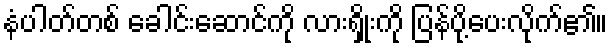
နံပါတ်တစ် ခေါင်းဆောင်ကို လားရှိုးကို ပြန်ပို့ပေးလိုက်၏။